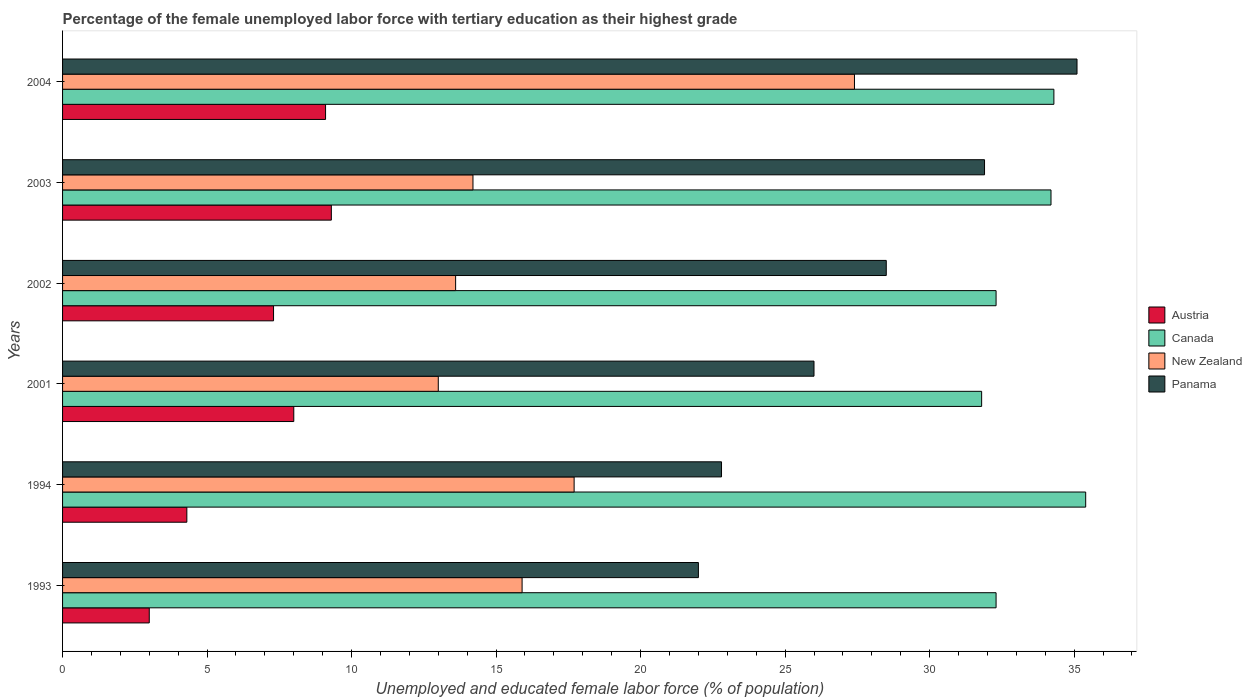
| Years | Austria | Canada | New Zealand | Panama |
 | --- | --- | --- | --- | --- |
 | 1993 | 3 | 32.3 | 15.9 | 22 |
 | 1994 | 4.3 | 35.4 | 17.7 | 22.8 |
 | 2001 | 8 | 31.8 | 13 | 26 |
 | 2002 | 7.3 | 32.3 | 13.6 | 28.5 |
 | 2003 | 9.3 | 34.2 | 14.2 | 31.9 |
 | 2004 | 9.1 | 34.3 | 27.4 | 35.1 |